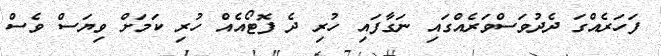
ފަހަރެއްގަ ދެދުވަސްވަރެއްގައި ނަގާފައި ހުރި ދެ ފޮޓޯއެއް ހުރި ކަމަށް ވިޔަސް ވެސް